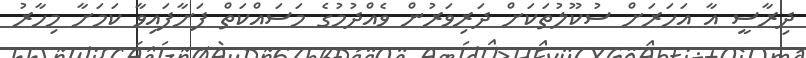
ދިރާސީ އާ އަހަރަށް ސުކޫލުތަކަށް ދަރިވަރުން ވެއްދުމުގެ މަސައްކަތް ފަށާފައިވާ ކަމަށާ މިހާރު